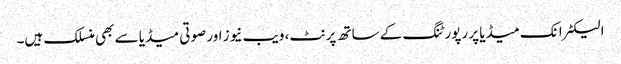
الیکٹرانک میڈیا پر رپورٹنگ کے ساتھ پرنٹ، ویب نیوز اور صوتی میڈیا سے بھی منسلک ہیں۔